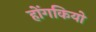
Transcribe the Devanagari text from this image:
होंगकियो